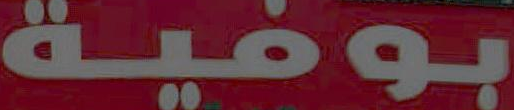
بوفية